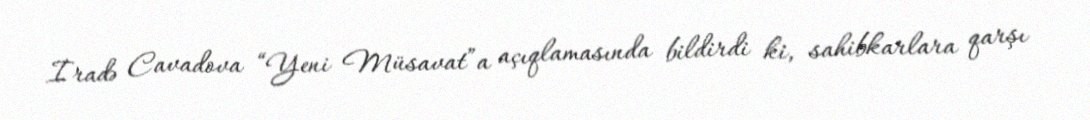
İradə Cavadova “Yeni Müsavat”a açıqlamasında bildirdi ki, sahibkarlara qarşı